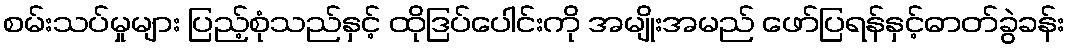
စမ်းသပ်မှုများ ပြည့်စုံသည်နှင့် ထိုဒြပ်ပေါင်းကို အမျိုးအမည် ဖော်ပြရန်နှင့်ဓာတ်ခွဲခန်း